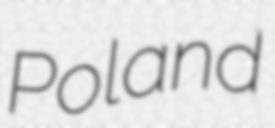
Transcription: Poland